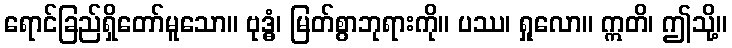
ရောင်ခြည်ရှိတော်မူသော။ ဗုဒ္ဓံ၊ မြတ်စွာဘုရားကို။ ပဿ၊ ရှုလော။ ဣတိ၊ ဤသို့။